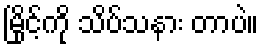
မြိုင့်ကို သိပ်သနား တာပဲ။